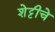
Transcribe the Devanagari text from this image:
शेट्टीचे